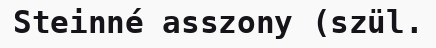
Steinné asszony (szül.